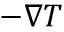
- \nabla T